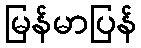
မြန်မာပြန်